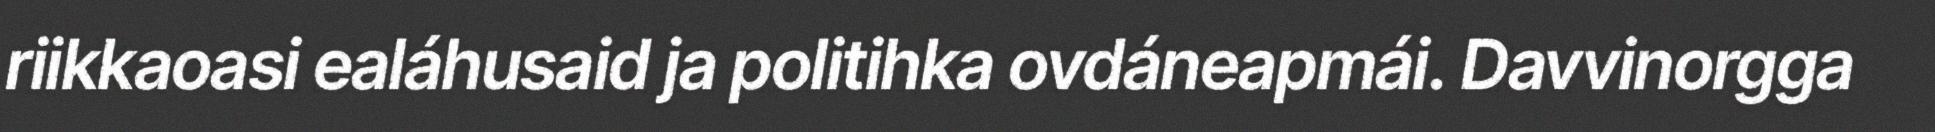
riikkaoasi ealáhusaid ja politihka ovdáneapmái. Davvinorgga